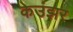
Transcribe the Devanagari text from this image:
केउंझर